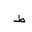
Letter: _da